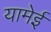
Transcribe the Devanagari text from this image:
यामेई